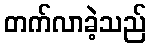
တက်လာခဲ့သည်